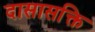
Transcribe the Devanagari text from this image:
दासासक्ति